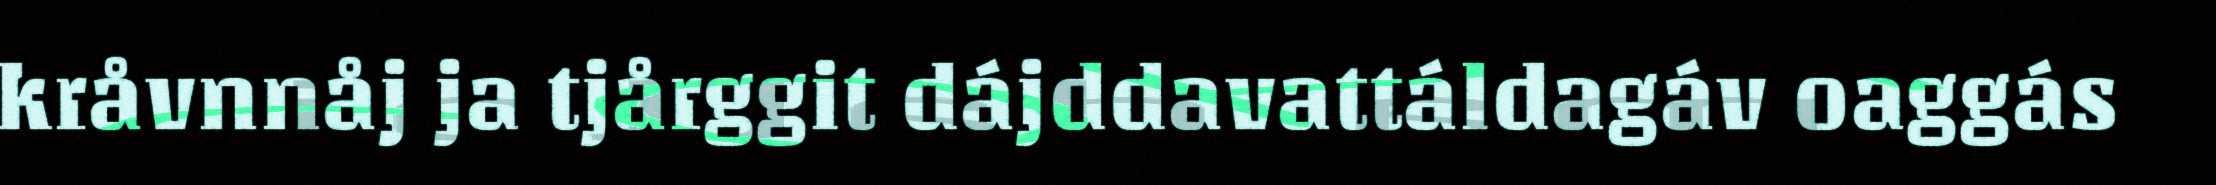
kråvnnåj ja tjårggit dájddavattáldagáv oaggás